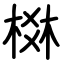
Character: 棥